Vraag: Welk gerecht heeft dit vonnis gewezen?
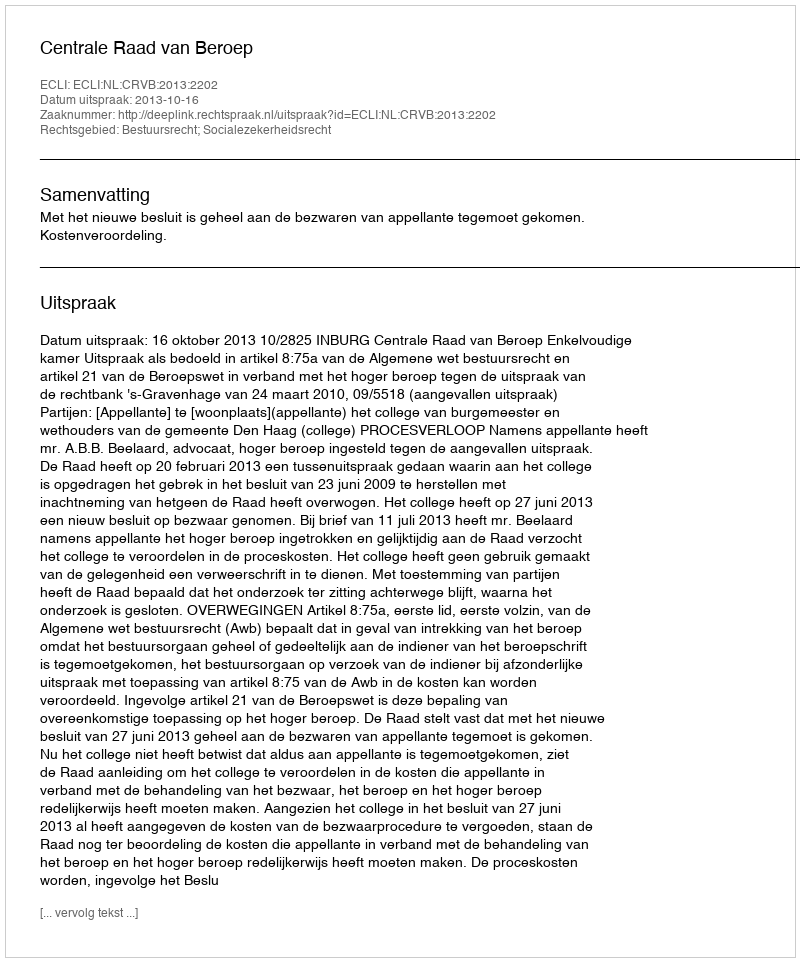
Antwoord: Centrale Raad van Beroep